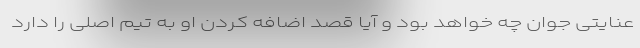
عنایتی جوان چه خواهد بود و آیا قصد اضافه کردن او به تیم اصلی را دارد